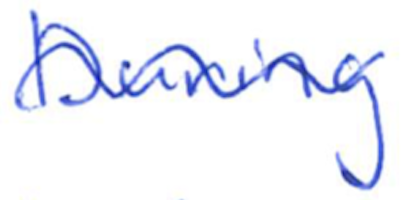
Text: During
Cross-out: wave
Writing tool: ballpoint